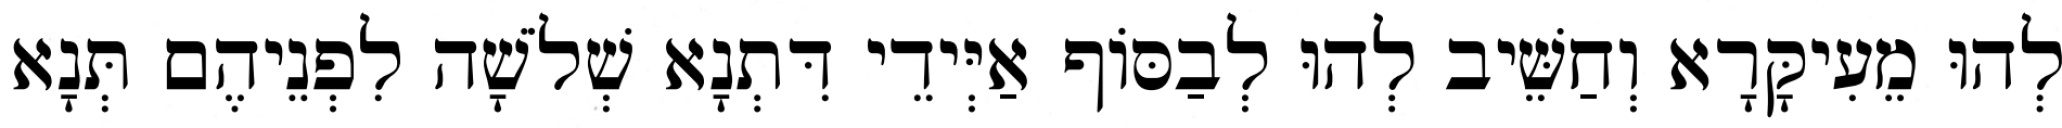
לְהוּ מֵעִיקָּרָא וְחַשֵּׁיב לְהוּ לְבַסּוֹף אַיְּידֵי דִּתְנָא שְׁלֹשָׁה לִפְנֵיהֶם תְּנָא